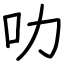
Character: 叻